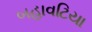
બહાવટિયા